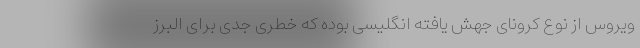
ویروس از نوع کرونای جهش یافته انگلیسی بوده که خطری جدی برای البرز